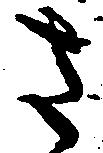
さ